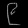
Digit: ၉